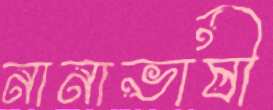
নানাভাষী